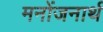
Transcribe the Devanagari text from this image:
मनोंजनार्थ